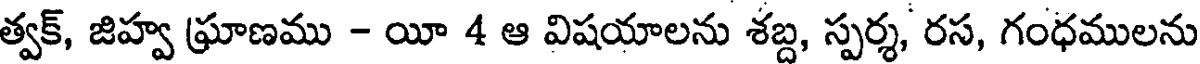
త్వక్, జిహ్వ ఘ్రాణము - యీ 4 ఆ విషయాలను శబ్ద, స్పర్శ, రస, గంధములను